Plague in India, 1896, 1897 - Volume 3
Year: 1896
Disease focus: Plague
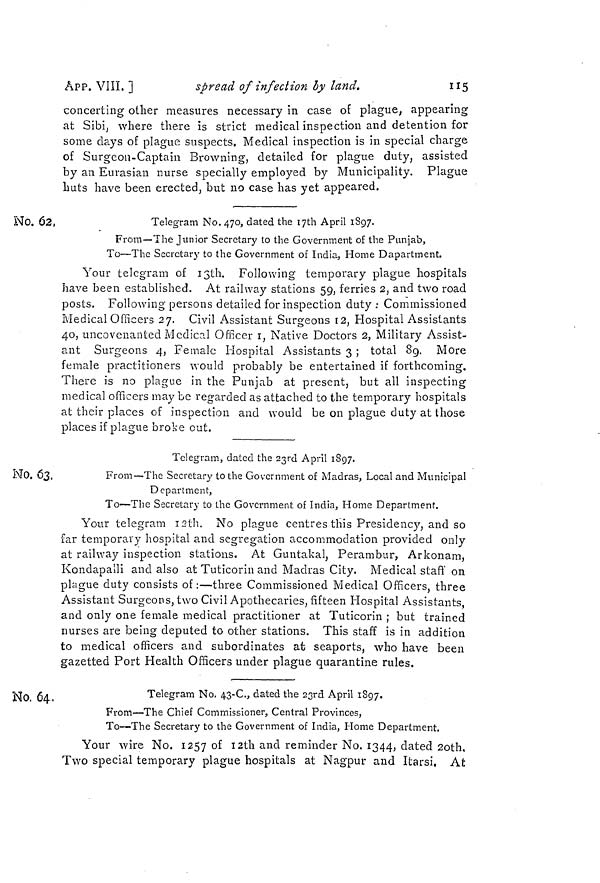
ÂPP. VIIÏ, ]
spread of infection by land.
115
concerting other measures necessary in case of plague, appearing
at Sibij where there is strict medical inspection and detention for
some days of plague suspects. Medical inspection is in special charge
of Surgeon-Captain Browning, detailed for plague duty, assisted
by an Eurasian nurse specially employed by Municipality. Plague
huts have been erected, but no case has yet appeared.
No. 62,
Telegram No. 470, dated the lyth April 1897.
From—The Junior Secretary to the Government of the Punjab,
To—The Secretary to the Government of India, Home Dapartment.
Your telegram oi ißth. Following temporary plague hospitals
have been established. At railway stations 59, ferries 2, and two road
posts. Following persons detailed for inspection duty : Commissioned
Medical Officers 27. Civil Assistant Surgeons 12, Hospital Assistants
40, uncovenanted Mcdic?J Officer i, Native Doctors 2, Military Assist-
ant Surgeons 4, Female Hospital Assistants 3 ; total 89. More
female practitioners would probably be entertained if forthcoming.
There is no plague in the Punjab at present, but all inspecting
medical officers may be regarded as attached to the temporary hospitals
at their places of inspection and would be on plague duty at those
places if plague broke out.
NO, 63,
Telegram, dated the 2ßrd April 1897.
From—The Secretary to the Government of Madras, Local and Municipal
Department,
To—The Secretary to the Government of India, Home Department.
Your telegram isth. No plague centres this Presidency, and so
far temporary hospital and segregation accommodation provided only
at railway inspection stations. At Guntakal, Perambur, Arkonam,
Kondapalli and also at Tuticorin and Madras City. Medical staff on
plague duty consists of:—three Commissioned Medical Officers, three
Assistant Surgeons, two Civil Apothecaries, fifteen Hospital Assistants,
and only one female medical practitioner at Tuticorin ; but trained
nurses are being deputed to other stations. This staff is in addition
to medical officers and subordinates at seaports, who have been
gazetted Port Health Officers under plague quarantine rules.
No. 64,
Telegram No. 43-C., dated the 23rd April 1897.
From—The Chief Commissioner, Central Provinces,
To—The Secretary to the Government of India, Home Department.
Your wire No. 1257 °f I2tn anc^ reminder No. 1344, dated 2oth.
Two special temporary plague hospitals at Nagpur and Itarsi. At